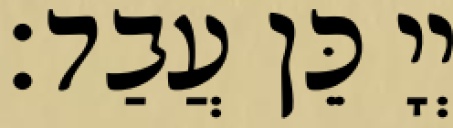
יְיָ כֵּן עֲבַד׃